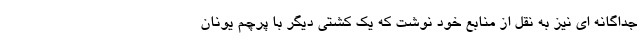
جداگانه ای نیز به نقل از منابع خود نوشت که یک کشتی دیگر با پرچم یونان